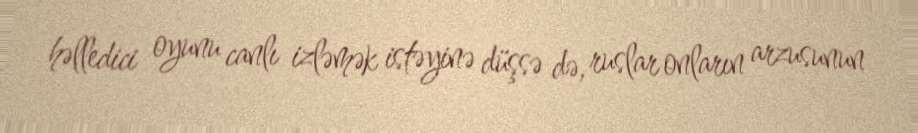
həlledici oyunu canlı izləmək istəyinə düşsə də, ruslar onların arzusunun